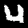
Label: 4